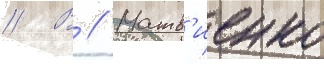
// В // Матв'иенко